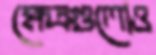
ক্ষেত্রগুলোও